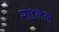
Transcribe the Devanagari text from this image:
मोडलेले